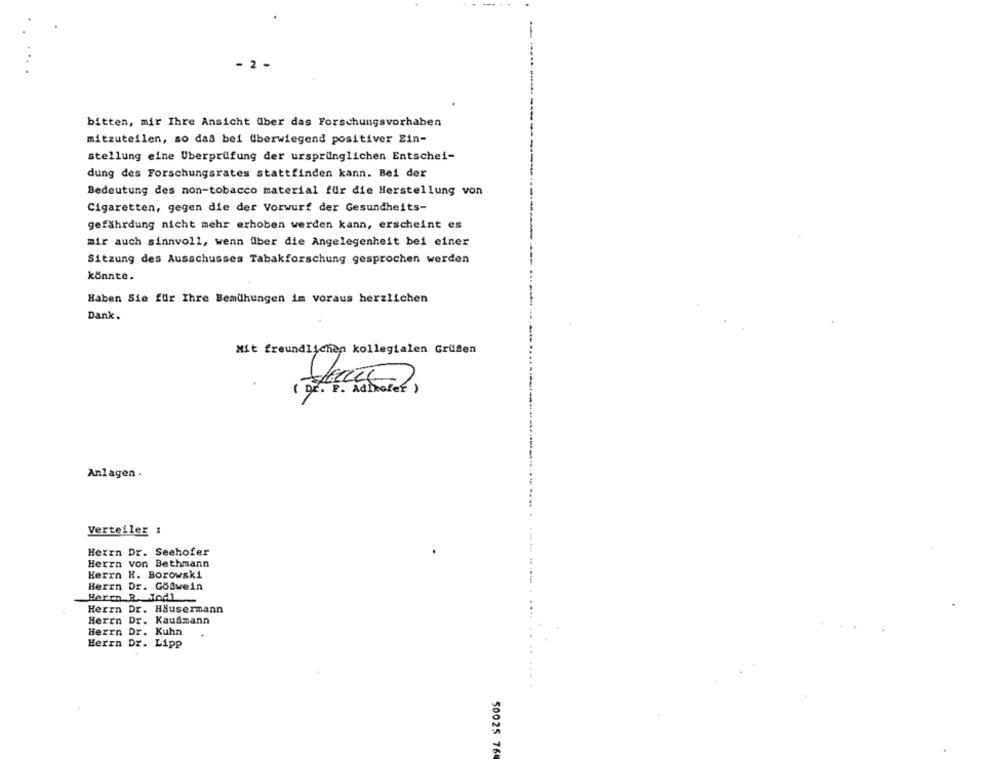
2 -
bitten, mir Ihre Ansicht über das Forschungsvorhaben
mitzuteilen, so daß bei überwiegend positiver Ein-
stellung eine Überprüfung der ursprünglichen Entschei-
dung des Forschungsrates stattfinden kann. Bei der
Bedeutung des non-tobacco material für die Herstellung von
Cigaretten, gegen die der Vorwurf der Gesundheits-
gefährdung nicht mehr erhoben werden kann, erscheint es
mir auch sinnvoll, wenn über die Angelegenheit bei einer
Sitzung des Ausschusses Tabakforschung gesprochen werden
könnte.
Haben Sie für Ihre Bemühungen im voraus herzlichen
Dank.
Mit freundlichen kollegialen Grüßen
Anlagen .
Verteiler :
Hexrn Dr. Seehofer
Herrn von Bethmann
Herrn H. Borowski
Herrn Dr. GOBwein
Herrn R. Todl
Herrn Dr. Häusermann
Herrn Dr. Kaufmann
Herrn Dr. Kuhn
Herrn Dr. Lipp
50025 76